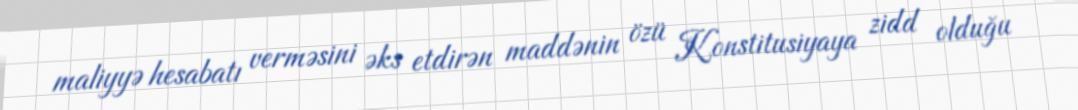
maliyyə hesabatı verməsini əks etdirən maddənin özü Konstitusiyaya zidd olduğu